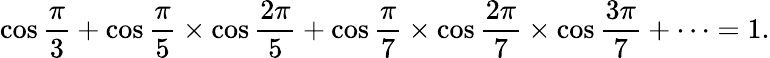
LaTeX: \cos{\frac{\pi}{3}}+\cos{\frac{\pi}{5}}\times\cos{\frac{2\pi}{5}}+\cos{\frac{\pi}{7}}\times\cos{\frac{2\pi}{7}}\times\cos{\frac{3\pi}{7}}+\dots=1.